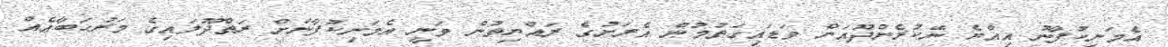
އެމަނިކުފާނު އިއްޔެ ނޭކުރެންދޫއަށް ވަޑައިގަތުމުން އެރަށުގެ ރައްޔިތުން ވަނީ އެމަނިކުފާނަށް ރަތްދޫލައިގެ މަރުހަބާއެއް